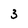
Character: 3